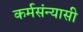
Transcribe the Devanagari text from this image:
कर्मसंन्यासी